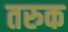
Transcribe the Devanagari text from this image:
तरुक